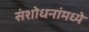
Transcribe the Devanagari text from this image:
संशोधनांमध्ये